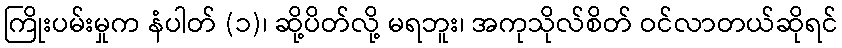
ကြိုးပမ်းမှုက နံပါတ် (၁)၊ ဆို့ပိတ်လို့ မရဘူး၊ အကုသိုလ်စိတ် ဝင်လာတယ်ဆိုရင်